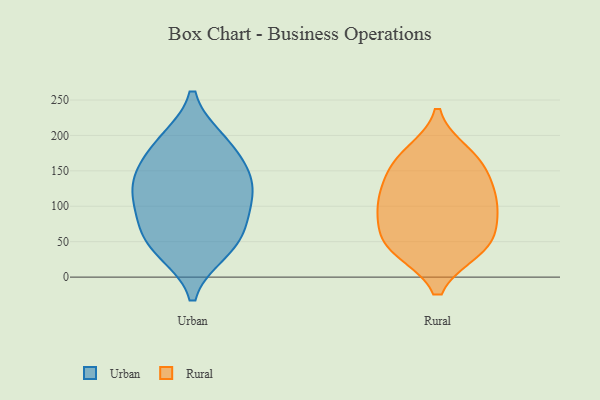
{"axis": {"x": "Shipments", "y": "Value"}, "legend": ["Rural", "Urban"], "data": [{"x": "", "y": 136, "type": "Urban"}, {"x": "", "y": 54, "type": "Urban"}, {"x": "", "y": 81, "type": "Urban"}, {"x": "", "y": 192, "type": "Urban"}, {"x": "", "y": 114, "type": "Urban"}, {"x": "", "y": 126, "type": "Urban"}, {"x": "", "y": 86, "type": "Urban"}, {"x": "", "y": 165, "type": "Urban"}, {"x": "", "y": 37, "type": "Urban"}, {"x": "", "y": 137, "type": "Urban"}, {"x": "", "y": 42, "type": "Urban"}, {"x": "", "y": 191, "type": "Urban"}, {"x": "", "y": 161, "type": "Rural"}, {"x": "", "y": 156, "type": "Rural"}, {"x": "", "y": 64, "type": "Rural"}, {"x": "", "y": 120, "type": "Rural"}, {"x": "", "y": 173, "type": "Rural"}, {"x": "", "y": 40, "type": "Rural"}, {"x": "", "y": 42, "type": "Rural"}, {"x": "", "y": 98, "type": "Rural"}, {"x": "", "y": 44, "type": "Rural"}, {"x": "", "y": 95, "type": "Rural"}, {"x": "", "y": 112, "type": "Rural"}]}